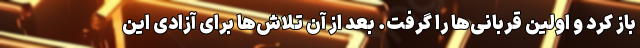
باز کرد و اولین قربانی‌ها را گرفت. بعد از آن تلاش‌ها برای آزادی این